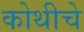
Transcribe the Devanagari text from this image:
कोथीचे